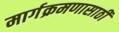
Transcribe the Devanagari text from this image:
मार्गक्रमणासाठी